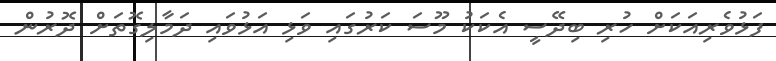
ފަޅުވެރިއަކަށް ހުރި ބިދޭސީ އެކަކު މޫސަ ކަރުގައި ވަޅި އަޅުވައި ދަމާލިގޮތަށް ދޮރުން